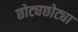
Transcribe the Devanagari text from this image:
छोट्यछोट्या